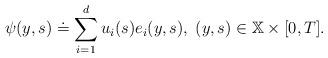
LaTeX: \begin{align*}\psi (y,s)\doteq \sum_{i=1}^{d}u_{i}(s)e_{i}(y,s),\;(y,s)\in \mathbb{X}\times \lbrack 0,T]. \end{align*}